Report on vaccination in Madras 1922-1929 - 1922-1929
Year: 1922
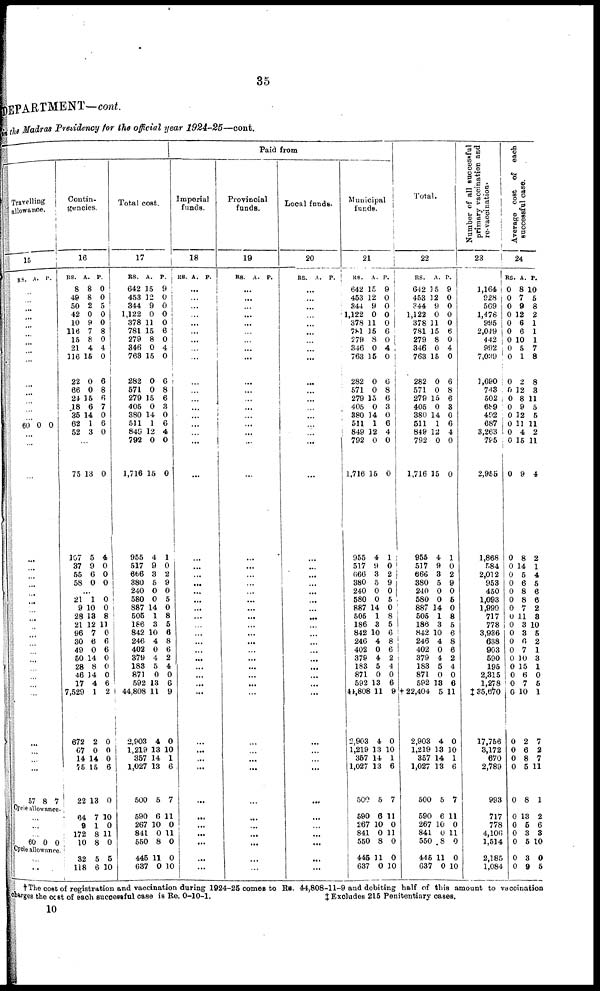
35
DEPARTMENT—cont.
in the Madras Presidency for the official year 1924-25—cont.
Travelling
allowance.
15
RS. A. P.
...
...
...
...
...
...
...
...
...
...
...
...
...
...
60 0 0
...
...
...
...
...
...
...
...
...
...
...
...
...
...
...
...
...
...
...
...
...
...
...
...
57 8 7
Cycle allowance.
...
...
...
60 0 0
Cycle allowance.
...
...
Contin-
gencies.
16
RS.
8
48
50
42
10
116
15
21
116
22
66
24
18
35
62
52
A.
8
8
2
0
9
7
8
4
15
0
0
15
6
14
1
3
P.
0
0
5
0
0
8
0
4
0
6
8
6
7
0
6
0
...
75
107
37
55
58
13
5
9
6
0
0
4
0
0
0
...
21
9
28
21
96
30
49
50
28
46
17
7,529
672
67
14
75
22
1
10
13
12
7
6
0
14
8
14
4
1
2
0
14
15
13
0
0
8
11
0
6
6
0
0
0
6
2
0
0
0
6
0
64
9
172
10
7
1
8
8
10
0
11
0
32
118
5
6
5
10
Total cost.
17
RS.
642
453
344
1,122
378
781
279
346
763
282
571
279
405
380
511
849
792
1,716
955
517
666
380
240
580
887
505
186
842
246
402
379
183
871
592
44,808
2,903
1,219
357
1,027
500
A.
15
12
9
0
11
15
8
0
15
0
0
15
0
14
1
12
0
15
4
9
3
5
0
0
14
1
3
10
4
0
4
5
0
13
11
4
13
14
13
5
P.
9
0
0
0
0
6
0
4
0
6
8
6
3
0
6
4
0
0
1
0
2
9
0
5
0
8
5
6
8
6
2
4
0
6
9
0
10
1
6
7
590
267
841
550
6
10
0
8
11
0
11
0
445
637
11
0
0
10
Paid from
Imperial
funds.
18
RS. A. P.
...
...
...
...
...
...
...
...
...
...
...
...
...
...
...
...
...
...
...
...
...
...
...
...
...
...
...
...
...
...
...
...
...
...
...
...
...
...
...
...
...
...
...
...
...
...
Provincial
funds.
19
RS. A. P.
...
...
...
...
...
...
...
...
...
...
...
...
...
...
...
...
...
...
...
...
...
...
...
...
...
...
...
...
...
...
...
...
...
...
...
...
...
...
...
...
...
...
...
...
...
...
Local funds.
20
RS. A. P.
...
...
...
...
...
...
...
...
...
...
...
...
...
...
...
...
...
...
...
...
...
...
...
...
...
...
...
...
...
...
...
...
...
...
...
...
...
...
...
...
...
...
...
...
...
...
Municipal
funds.
21
RS.
642
453
344
1,122
378
781
279
346
763
282
571
279
405
380
511
849
792
1,716
955
517
666
380
240
580
887
505
186
842
246
402
379
183
871
592
44,808
2,903
1,219
357
1,027
500
A
15
12
9
0
11
15
8
0
15
0
0
15
0
14
1
12
0
15
4
9
3
5
0
0
14
1
3
10
4
0
4
5
0
13
11
4
13
14
13
5
P.
9
0
0
0
0
6
0
4
0
6
8
6
3
0
6
4
0
0
1
0
2
9
0
5
0
8
5
6
8
6
2
4
0
6
9
0
10
1
6
7
590
267
841
550
6
10
0
8
11
0
11
0
445
637
11
0
0
10
Total.
22
RS.
642
453
344
1,122
378
781
279
346
763
282
571
279
405
380
511
849
792
1,716
955
517
666
380
240
580
887
505
186
842
246
402
379
183
871
592
†22,404
2,903
1,219
357
1,027
500
A.
15
12
9
0
11
15
8
0
15
0
0
15
0
14
1
12
0
15
4
9
3
5
0
0
14
1
3
10
4
0
4
5
0
13
5
4
13
14
13
5
P.
9
0
0
0
0
6
0
4
0
6
8
6
3
0
6
4
0
0
1
0
2
9
0
5
0
8
5
6
8
6
2
4
0
6
11
0
10
1
6
7
590
267
841
550
6
10
0
8
11
0
11
0
445
637
11
0
0
10
Number of all successful
primary vaccination and
re-vaccination.
23
1,164
928
569
1,478
995
2,049
442
992
7,039
1,690
743
502
689
492
687
3,263
785
2,955
1,868
584
2,012
953
450
1,093
1,990
717
778
3,936
638
903
590
195
2,315
1,278
‡ 35,670
17,756
3,172
670
2,789
993
717
778
4,106
1,514
2,185
1,084
Average cost of each
successful case.
24
RS.
0
0
0
0
0
0
0
0
0
0
0
0
0
0
0
0 0
0
0
0
0
0
0
0
0
0
0
0
0
0
0
0
0
0
0
0
0
0
0
0
A.
8
7
9
12
6
6
10
5
1
2
12
8
9
12
11
4
15
9
8
14
5
6
8
8
7
11
3
3
6
7
10
15
6
7
10
2
6
8
5
8
P.
10
5
8
2
1
1
1
7
8
8
3
11
5
5
11
2
11
4
2
1
4
5
6
6
2
3
10
5
2
1
3
1
0
5
1
7
2
7
11
1
0
0
0
0
13
5
3
5
2
6
3
10
0
0
3
9
0
5
† The cost of registration and vaccination during 1924-25 comes to Rs. 44,808-11-9 and debiting half of this amount to vaccination
charges the cost of each successful case is Re. 0-10-1.
‡ Excludes 215 Penitentiary cases.
10